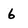
Character: 6